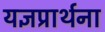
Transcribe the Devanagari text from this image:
यज्ञप्रार्थना